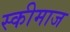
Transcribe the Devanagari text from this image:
स्कीमाज